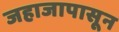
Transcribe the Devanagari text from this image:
जहाजापासून